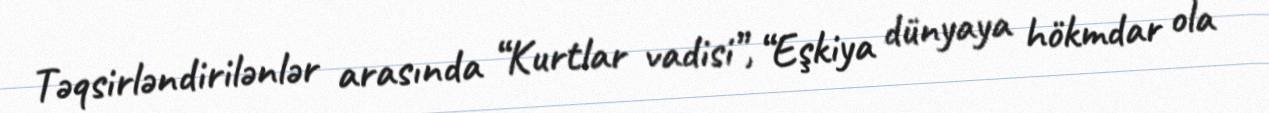
Təqsirləndirilənlər arasında “Kurtlar vadisi”, “Eşkiya dünyaya hökmdar ola